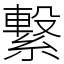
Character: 繋